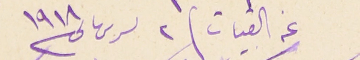
عن القبيات ٢ تشرين تانى ١٩١٨